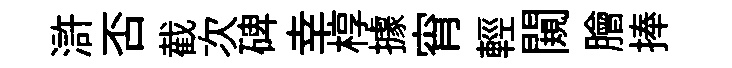
滸否截次碑幸椁據宵輕闚膾捧